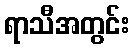
ရာသီအတွင်း